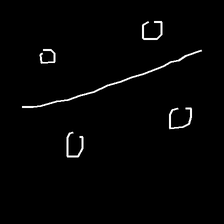
Glyph: cool